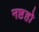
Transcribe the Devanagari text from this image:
नष्टहो